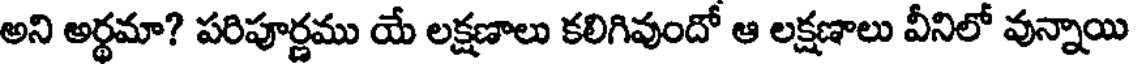
అని అర్థమా? పరిపూర్ణము యే లక్షణాలు కలిగివుందో ఆ లక్షణాలు వీనిలో వున్నాయి